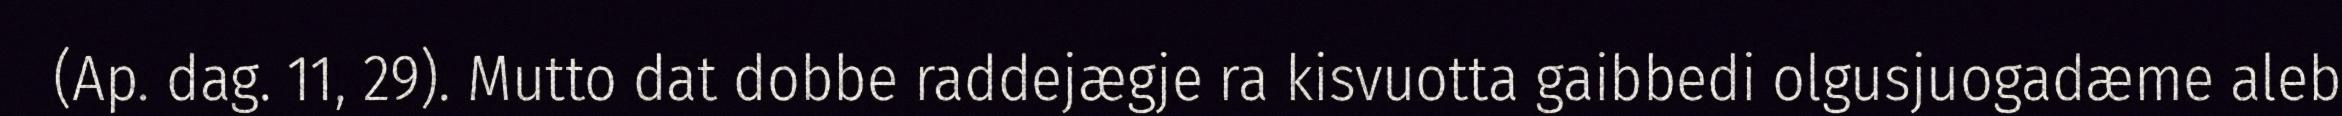
(Ap. dag. 11, 29). Mutto dat dobbe raddejægje ra kisvuotta gaibbedi olgusjuogadæme aleb